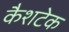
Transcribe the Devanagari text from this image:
कैशटेक